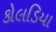
કોલડિયા